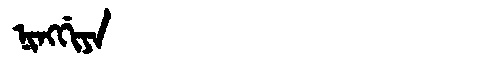
Manchu: ᠨᡳᠩᡤᡳᠶᠠ
Romanization: NINGGIYA